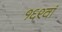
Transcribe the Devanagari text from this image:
१६९वां